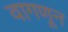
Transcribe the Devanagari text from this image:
वागणून